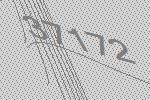
37172